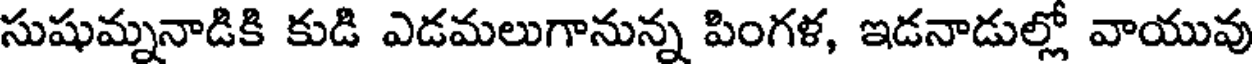
సుషుమ్ననాడికి కుడి ఎడమలుగానున్న పింగళ, ఇడనాడుల్లో వాయువు